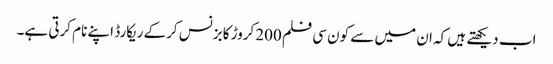
اب دیکھتے ہیں کہ ان میں سے کون سی فلم 200کروڑ کا بزنس کرکے ریکارڈ اپنے نام کرتی ہے۔